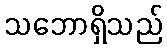
သဘောရှိသည်